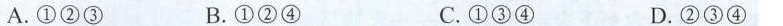
A.①②③ B.①②④ C.①③④ D.②③④